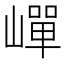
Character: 㠆